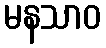
မနသာဝ